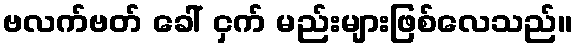
ဗလက်ဗတ် ခေါ် ငှက် မည်းများဖြစ်လေသည်။